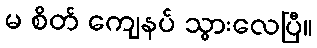
မ စိတ် ကျေနပ် သွားလေပြီ။